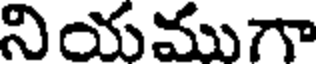
నియముగా